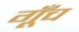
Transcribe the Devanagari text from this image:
गूँच